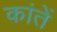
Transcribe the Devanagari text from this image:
कांतें